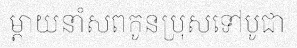
ម្តាយនាំសពកូនប្រុសទៅបូជា